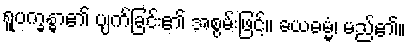
ရူပက္ခန္ဓာ၏ ပျက်ခြင်း၏ အစွမ်းဖြင့်။ ခယဓမ္မံ၊ မည်၏။